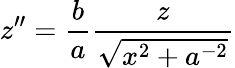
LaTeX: z^{\prime\prime}=\frac{b}{a}\frac{z}{\sqrt{x^{2}+a^{-2}}}